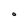
Character: O